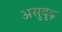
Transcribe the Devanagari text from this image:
असुदृढ़